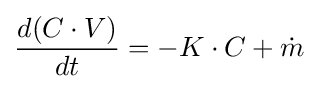
{\frac {d(C\cdot V)}{dt}}=-K\cdot C+{\dot {m}}